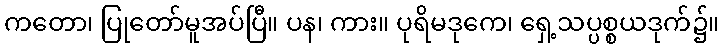
ကတော၊ ပြုတော်မူအပ်ပြီ။ ပန၊ ကား။ ပုရိမဒုကေ၊ ရှေ့သပ္ပစ္စယဒုက်၌။